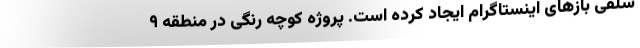
سلفی باز‌های اینستاگرام ایجاد کرده است. پروژه کوچه رنگی در منطقه ۹